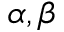
\alpha , \beta